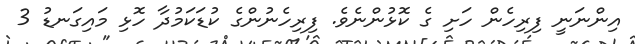
އިންނަނީ ފިރިހެން ހަށި ގެ ކޮޅުންނެވެ. ފިރިހެނުންގެ ކުޑަކަމުދާ ހޮޅި މައިގަނޑު 3